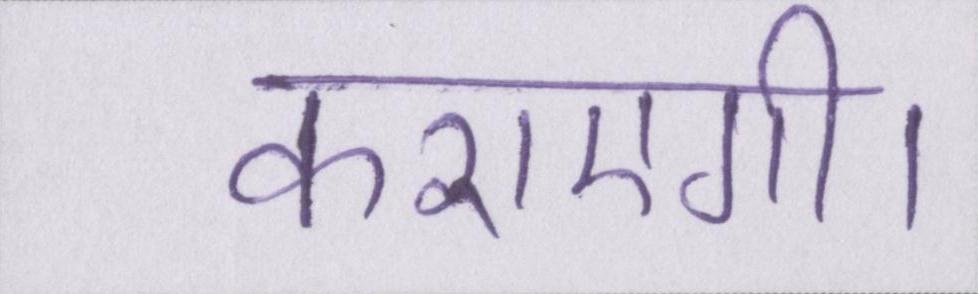
कराएगी।